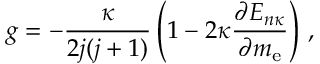
g = - \frac { \kappa } { 2 j ( j + 1 ) } \left( 1 - 2 \kappa \frac { \partial E _ { n \kappa } } { \partial m _ { \mathrm { e } } } \right) \, ,